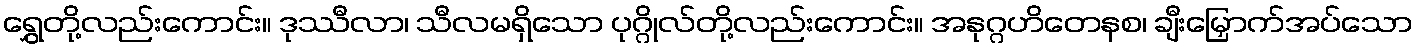
ရွှေတို့လည်းကောင်း။ ဒုဿီလာ၊ သီလမရှိသော ပုဂ္ဂိုလ်တို့လည်းကောင်း။ အနုဂ္ဂဟိတေနစ၊ ချီးမြှောက်အပ်သော